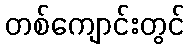
တစ်ကျောင်းတွင်